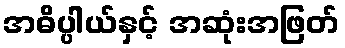
အဓိပ္ပါယ်နှင့် အဆုံးအဖြတ်